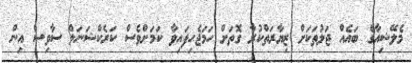
މެލޭޝިއާގެ ބައެއް ޖަލުތަކަށް ޒިޔާރަތްކުރާ ގޮތަށް ހަމަޖެހިފައިވާ ކަމަށްވެސް ކަރެކްޝަނަލް ސާވިސް އިން